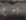
أخرى